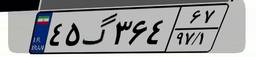
۴۵گ۳۶۴۶۷